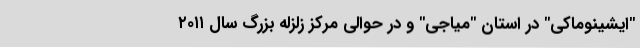
"ایشینوماکی" در استان "میاجی" و در حوالی مرکز زلزله بزرگ سال ۲۰۱۱